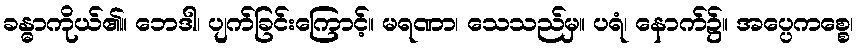
ခန္ဓာကိုယ်၏။ ဘေဒါ၊ ပျက်ခြင်းကြောင့်။ မရဏာ၊ သေသည်မှ။ ပရံ၊ နောက်၌။ အပ္ပေကစ္စေ၊